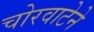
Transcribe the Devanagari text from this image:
चोरवाटेने